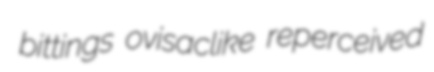
bittings ovisaclike reperceived